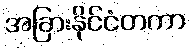
အခြားနိုင်ငံတကာ